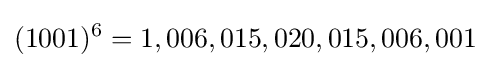
(1001)^{6}=1,006,015,020,015,006,001